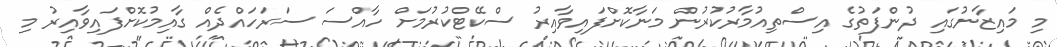
މި މައިޒާނުގައި ދުންފަތުގެ އިސްތިއުމާރުކުރުން މަނާކޮށްފައިވާއިރު ސްކޭޓްކުރުމަށް ހާއްސަ ސަރަހައްދެއް ގާއިމުކޮށްފައިވާއިރު މި